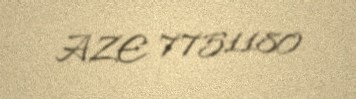
AZE 7751180